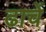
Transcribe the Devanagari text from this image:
ढाचें